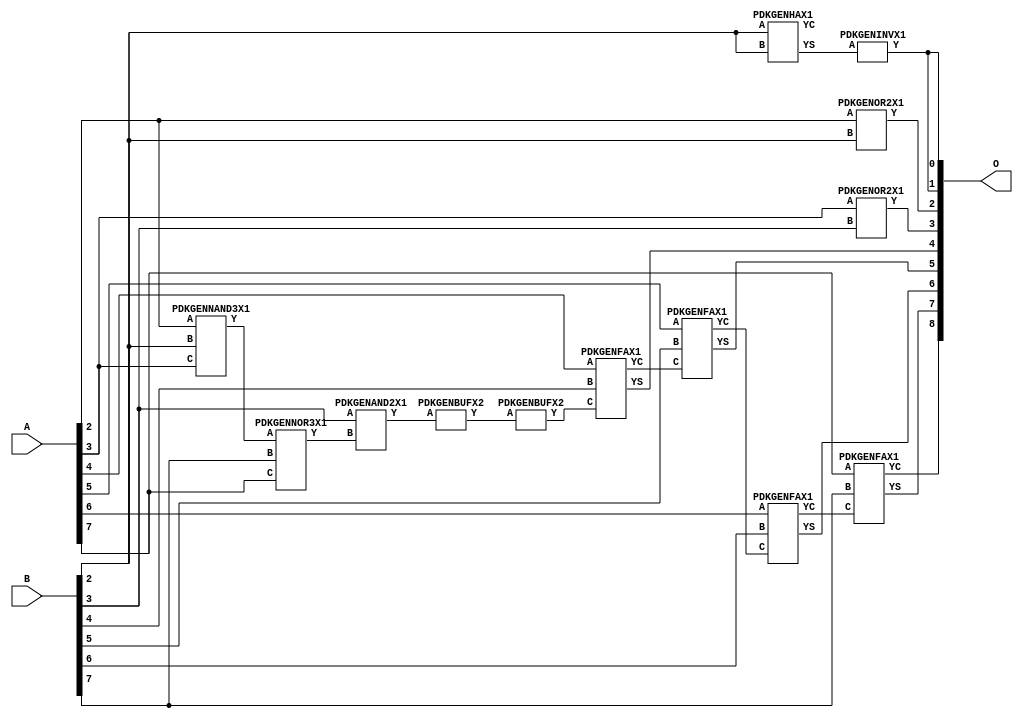
// Library = EvoApprox8b
// Circuit = add8_273
// Area   (180) = 820
// Delay  (180) = 1.450
// Power  (180) = 173.60
// Area   (45) = 59
// Delay  (45) = 0.540
// Power  (45) = 17.24
// Nodes = 13
// HD = 182528
// MAE = 3.57812
// MSE = 24.50000
// MRE = 1.81 %
// WCE = 15
// WCRE = 300 %
// EP = 85.9 %

module add8_273(A, B, O);
  input [7:0] A;
  input [7:0] B;
  output [8:0] O;
  wire [2031:0] N;

  assign N[0] = A[0];
  assign N[1] = A[0];
  assign N[2] = A[1];
  assign N[3] = A[1];
  assign N[4] = A[2];
  assign N[5] = A[2];
  assign N[6] = A[3];
  assign N[7] = A[3];
  assign N[8] = A[4];
  assign N[9] = A[4];
  assign N[10] = A[5];
  assign N[11] = A[5];
  assign N[12] = A[6];
  assign N[13] = A[6];
  assign N[14] = A[7];
  assign N[15] = A[7];
  assign N[16] = B[0];
  assign N[17] = B[0];
  assign N[18] = B[1];
  assign N[19] = B[1];
  assign N[20] = B[2];
  assign N[21] = B[2];
  assign N[22] = B[3];
  assign N[23] = B[3];
  assign N[24] = B[4];
  assign N[25] = B[4];
  assign N[26] = B[5];
  assign N[27] = B[5];
  assign N[28] = B[6];
  assign N[29] = B[6];
  assign N[30] = B[7];
  assign N[31] = B[7];

  PDKGENNAND3X1 n32(.A(N[4]), .B(N[20]), .C(N[6]), .Y(N[32]));
  assign N[33] = N[32];
  PDKGENNOR3X1 n38(.A(N[33]), .B(N[30]), .C(N[14]), .Y(N[38]));
  PDKGENHAX1 n40(.A(N[20]), .B(N[20]), .YS(N[40]), .YC(N[41]));
  PDKGENAND2X1 n52(.A(N[22]), .B(N[38]), .Y(N[52]));
  assign N[53] = N[52];
  PDKGENBUFX2 n78(.A(N[53]), .Y(N[78]));
  PDKGENINVX1 n126(.A(N[40]), .Y(N[126]));
  assign N[127] = N[126];
  PDKGENOR2X1 n132(.A(N[4]), .B(N[20]), .Y(N[132]));
  PDKGENOR2X1 n182(.A(N[6]), .B(N[22]), .Y(N[182]));
  PDKGENBUFX2 n212(.A(N[78]), .Y(N[212]));
  assign N[213] = N[212];
  PDKGENFAX1 n232(.A(N[8]), .B(N[24]), .C(N[213]), .YS(N[232]), .YC(N[233]));
  PDKGENFAX1 n282(.A(N[10]), .B(N[26]), .C(N[233]), .YS(N[282]), .YC(N[283]));
  PDKGENFAX1 n332(.A(N[12]), .B(N[28]), .C(N[283]), .YS(N[332]), .YC(N[333]));
  PDKGENFAX1 n382(.A(N[14]), .B(N[30]), .C(N[333]), .YS(N[382]), .YC(N[383]));

  assign O[0] = N[127];
  assign O[1] = N[126];
  assign O[2] = N[132];
  assign O[3] = N[182];
  assign O[4] = N[232];
  assign O[5] = N[282];
  assign O[6] = N[332];
  assign O[7] = N[382];
  assign O[8] = N[383];

endmodule
/* mod */
module PDKGENFAX1( input A, input B, input C, output YS, output YC );
    assign YS = (A ^ B) ^ C;
    assign YC = (A & B) | (B & C) | (A & C);
endmodule
/* mod */
module PDKGENAND2X1(input A, input B, output Y );
     assign Y = A & B;
endmodule
/* mod */
module PDKGENNOR3X1(input A, input B, input C, output Y );
     assign Y = ~((A | B) | C);
endmodule
/* mod */
module PDKGENHAX1( input A, input B, output YS, output YC );
    assign YS = A ^ B;
    assign YC = A & B;
endmodule
/* mod */
module PDKGENINVX1(input A, output Y );
     assign Y = ~A;
endmodule
/* mod */
module PDKGENNAND3X1(input A, input B, input C, output Y );
     assign Y = ~((A & B) & C);
endmodule
/* mod */
module PDKGENBUFX2(input A, output Y );
     assign Y = A;
endmodule
/* mod */
module PDKGENOR2X1(input A, input B, output Y );
     assign Y = A | B;
endmodule